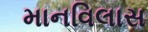
માનવિલાસ